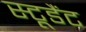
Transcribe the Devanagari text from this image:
स्टूडैंट